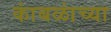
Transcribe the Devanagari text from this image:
कांबळांच्या